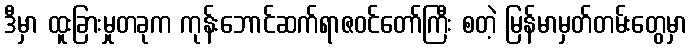
ဒီမှာ ထူးခြားမှုတခုက ကုန်းဘောင်ဆက်ရာဇဝင်တော်ကြီး စတဲ့ မြန်မာမှတ်တမ်းတွေမှာ